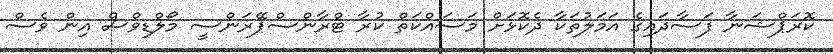
ކޮރަޕްޝަނާ ފަސާދައިގެ އަމަލުތަކާ ދެކޮޅަށް މަސައްކަތް ކުރާ ޓްރާންސްޕޭރަންސީ މޯލްޑިވްސް އިން ވެސް